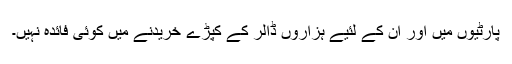
پارٹیوں میں اور ان کے لئیے ہزاروں ڈالر کے کپڑے خریدنے میں کوئی فائدہ نہیں۔